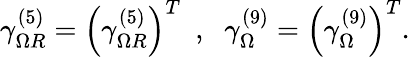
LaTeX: \gamma_{\Omega R}^{(5)}=\left(\gamma_{\Omega R}^{(5)}\right)^{T}\, \, \, ,\, \, \ \gamma_{\Omega}^{(9)}=\left(\gamma_{\Omega}^{(9)}\right)^{T}.